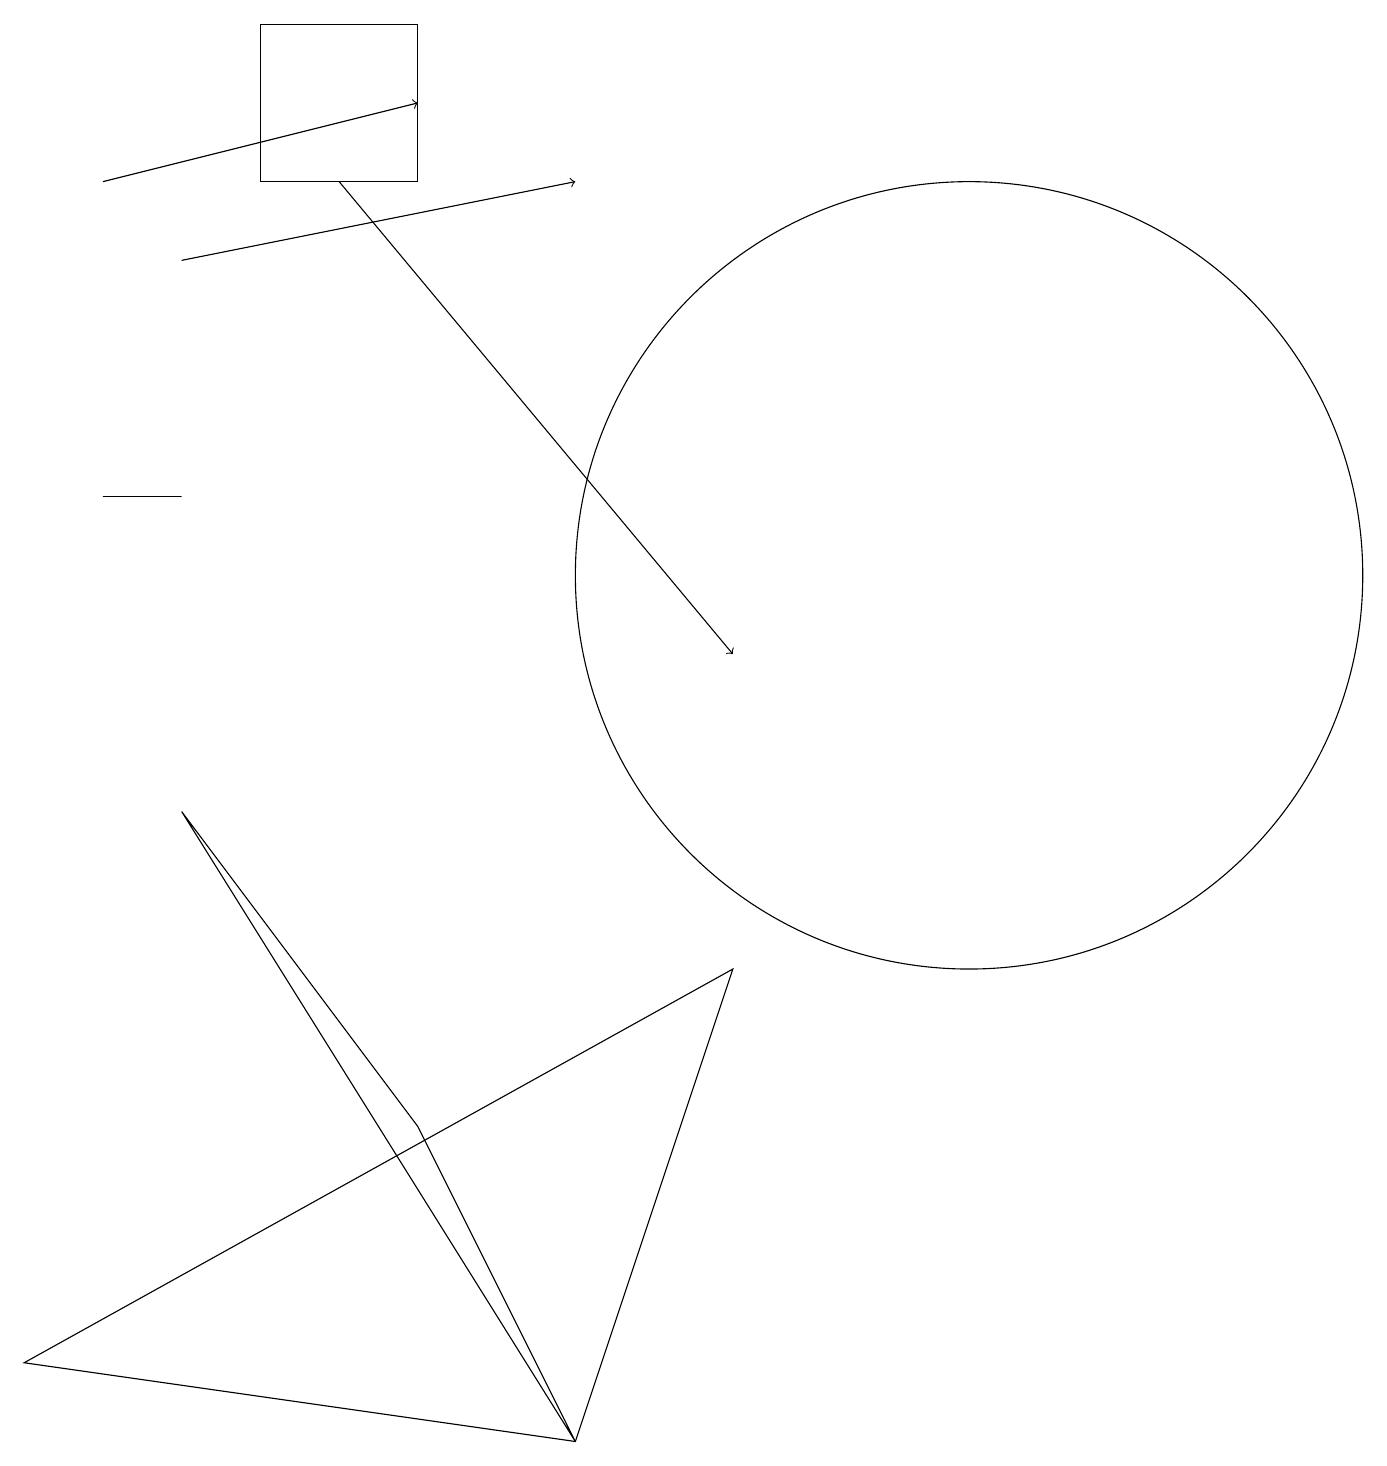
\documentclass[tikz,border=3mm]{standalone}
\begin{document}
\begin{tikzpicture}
\draw (12,11) circle (5);
\draw[->] (1,16) -- (5,17);
\draw[->] (2,15) -- (7,16);
\draw[->] (4,16) -- (9,10);
\draw (9,6) -- (7,0) -- (0,1) -- cycle;
\draw (5,16) rectangle (3,18);
\draw (1,12) rectangle (2,12);
\draw (5,4) -- (2,8) -- (7,0) -- cycle;
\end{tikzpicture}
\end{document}